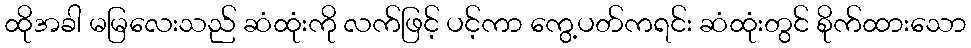
ထိုအခါ မမြလေးသည် ဆံထုံးကို လက်ဖြင့် ပင့်ကာ ကွေ့ပတ်ကရင်း ဆံထုံးတွင် စိုက်ထားသော